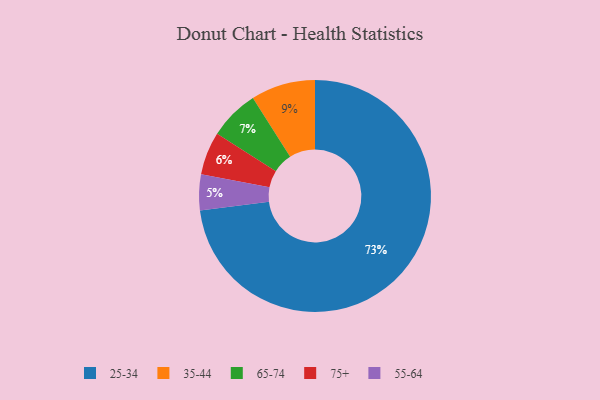
{"axis": {"x": "Category", "y": "Percentage"}, "legend": ["25-34", "35-44", "55-64", "65-74", "75+"], "data": [{"x": "75+", "y": 6, "type": "75+"}, {"x": "25-34", "y": 73, "type": "25-34"}, {"x": "35-44", "y": 9, "type": "35-44"}, {"x": "55-64", "y": 5, "type": "55-64"}, {"x": "65-74", "y": 7, "type": "65-74"}]}